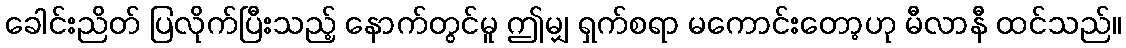
ခေါင်းညိတ် ပြလိုက်ပြီးသည့် နောက်တွင်မူ ဤမျှ ရှက်စရာ မကောင်းတော့ဟု မီလာနီ ထင်သည်။